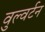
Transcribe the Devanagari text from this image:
वुल्वर्टन